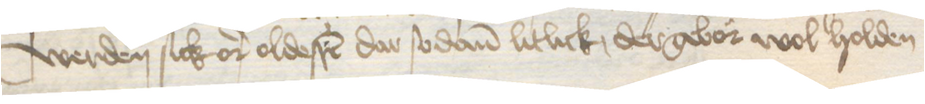
werden sick or oldesten dar sodanen litlick dergebor wol holden